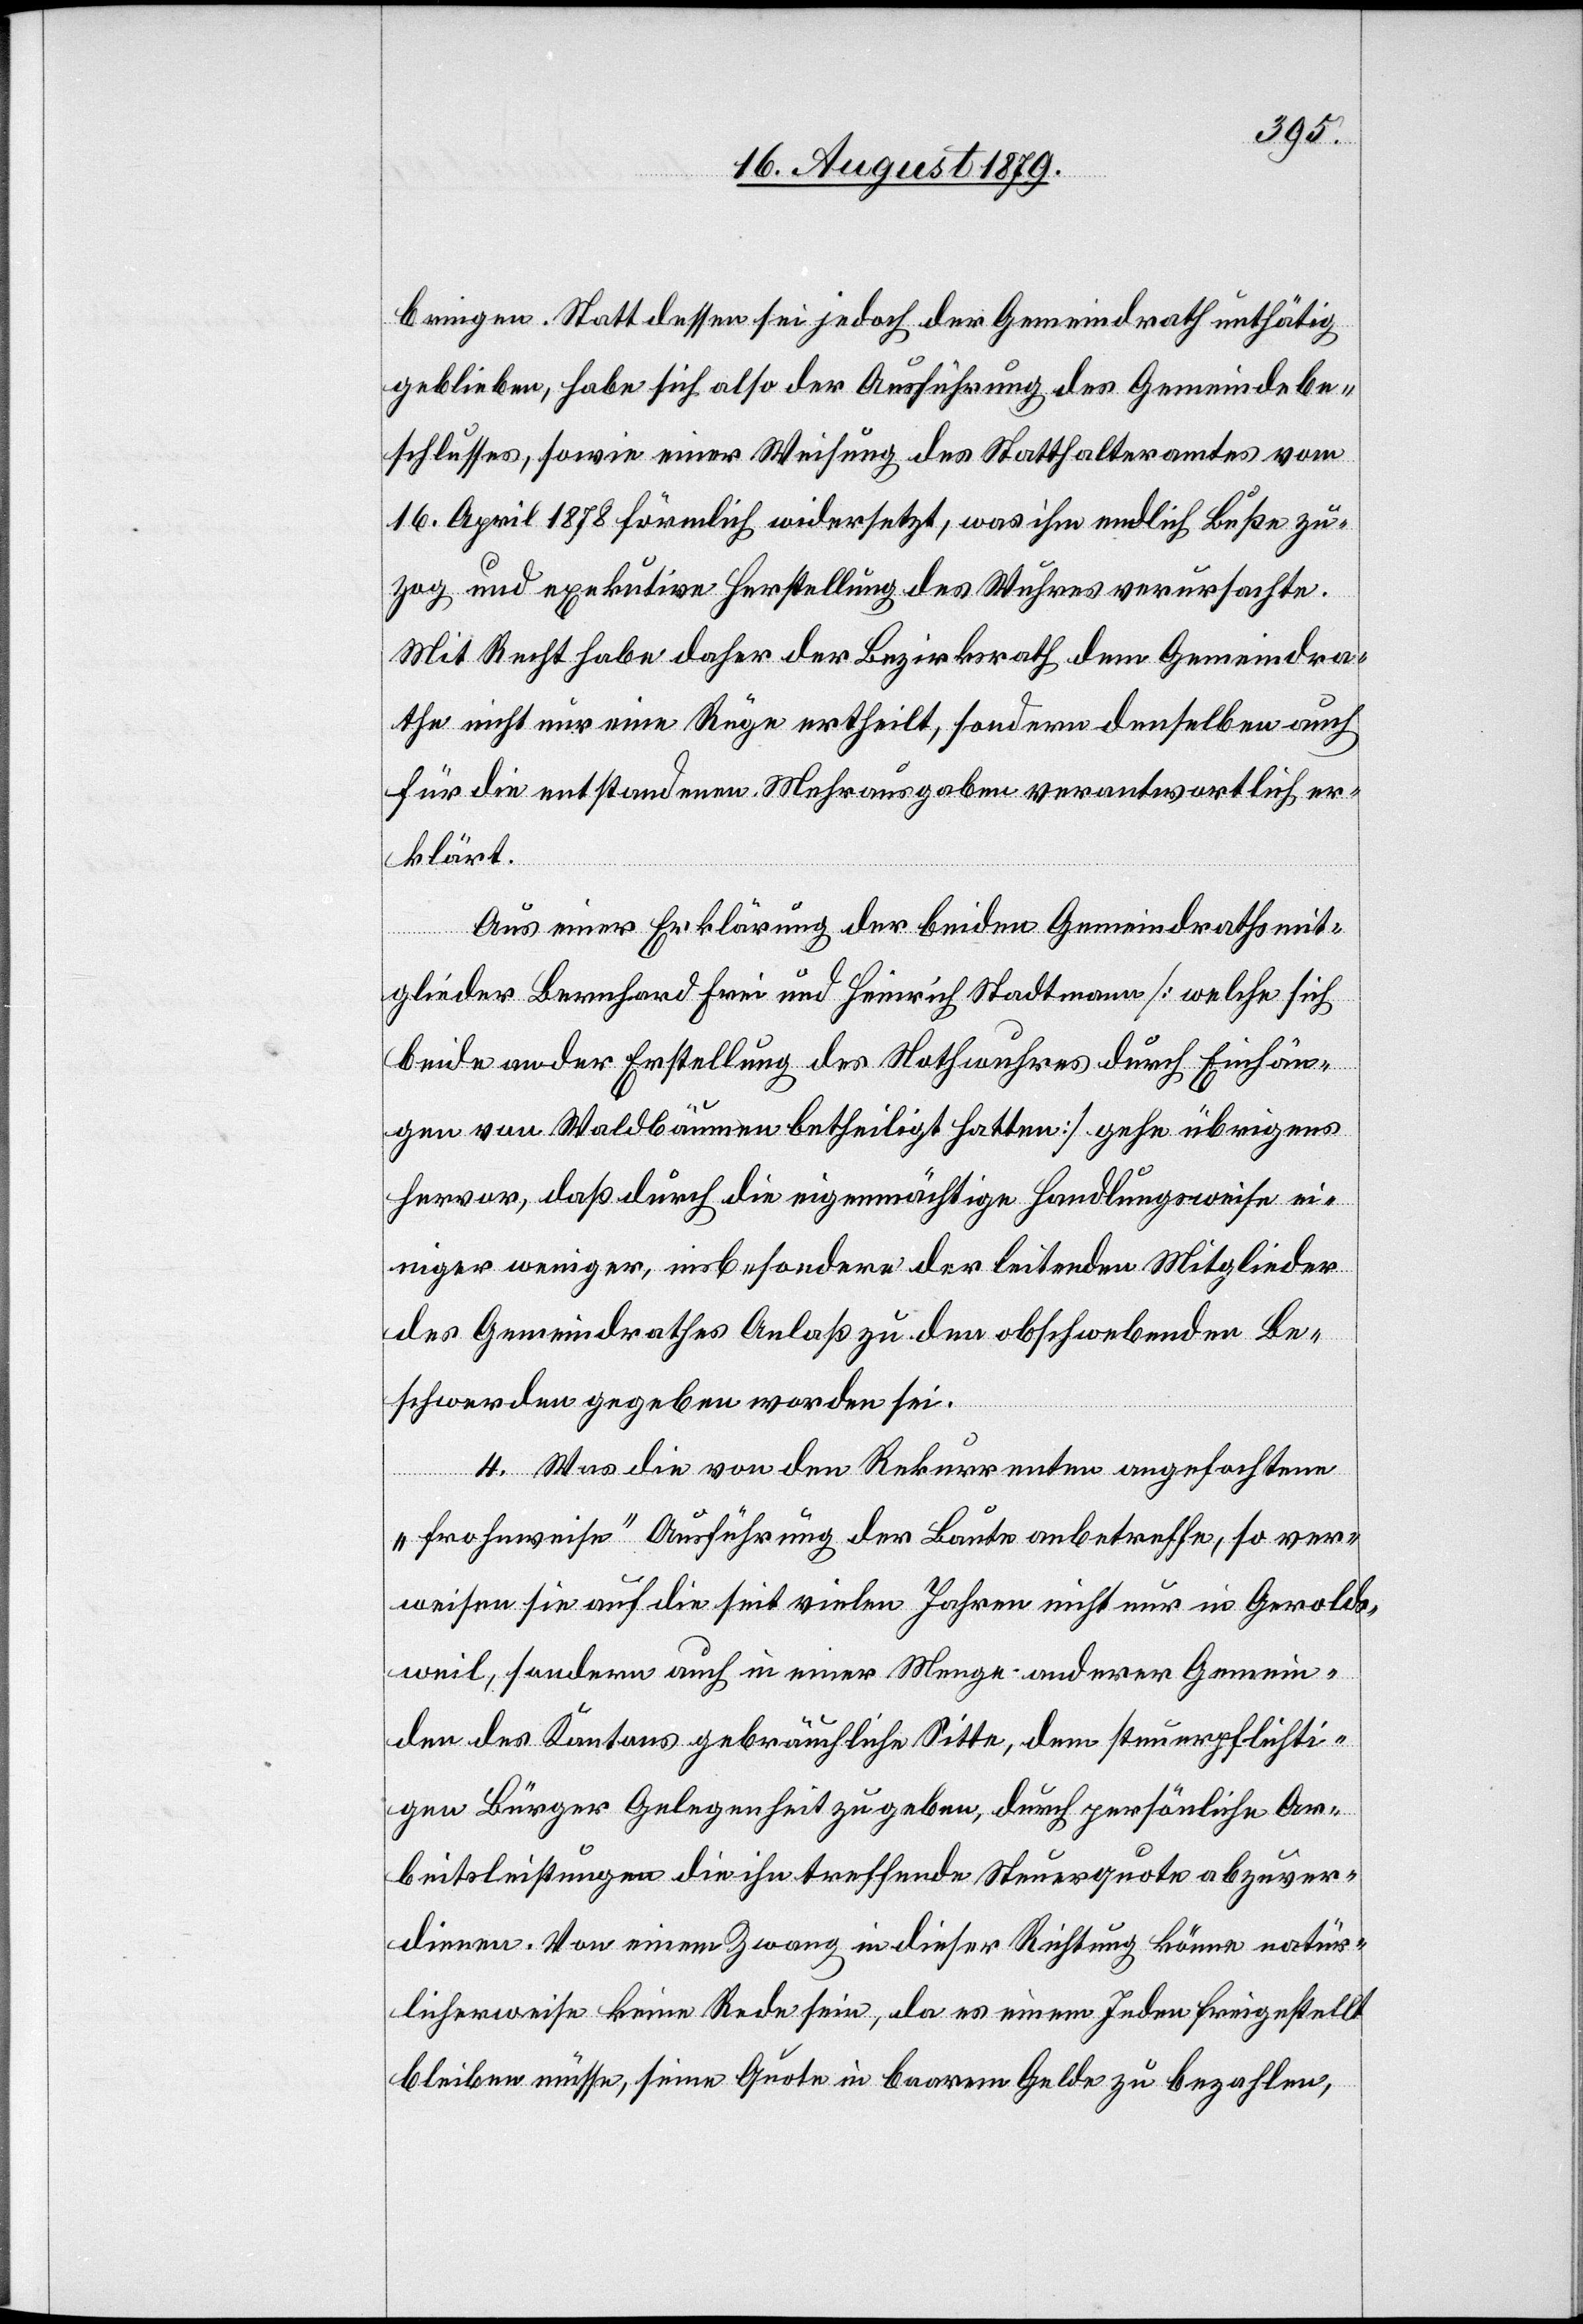
bringen. Stattdessen sei jedoch der Gemeindrath unthätig
geblieben, habe sich also der Ausführung des Gemeindebe¬
schlusses, sowie einer Weisung des Statthalteramtes vom
16. April 1878 förmlich widersetzt, was ihm endlich Buße zu¬
zog und exekutive Herstellung des Wuhres verursachte.
Mit Recht habe daher der Bezirksrath dem Gemeindera¬
the nicht nur eine Rüge ertheilt, sondern denselben auch
für die entstandenen Mehrausgaben verantwortlich er¬
klärt.
Aus einer Erklärung der beiden Gemeindrathsmit¬
glieder Bernhard Frei und Heinrich Stadtmann [welche sich
beide an der Erstellung des Nothwuhres durch Einhän¬
gen von Waldbäumen betheiligt hatten] gehe übrigens
hervor, daß durch die eigenmächtige Handlungsweise ei¬
niger weniger, insbesondere der leitenden Mitglieder
des Gemeindrathes Anlaß zu den obschwebenden Be¬
schwerden gegeben worden sei.
4. Was die von den Rekurrenten angefochtene
„frohnweise“ Ausführung der Baute anbetreffe, so ver¬
weisen sie auf die seit vielen Jahren nicht nur in Gerolds¬
weil, sondern auch in einer Menge anderer Gemein¬
den des Kantons gebräuchliche Sitte, dem steuerpflichti¬
gen Bürger Gelegenheit zu geben, durch persönliche Ar¬
beitsleistungen die ihn treffende Steuerquote abzuver¬
dienen. Von einem Zwang in dieser Richtung könne natür¬
licherweise keine Rede sein, da es einem Jeden freigestellt
bleiben müsse, seine Quote in baarem Gelde zu bezahlen,